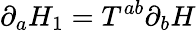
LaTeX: \partial_{a}H_{1}=T^{ab}\partial_{b}H